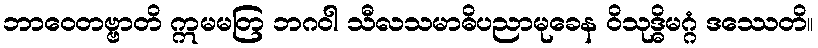
ဘာဝေတဗ္ဗာတိ ဣမမတြ ဘဂဝါ သီလသမာဓိပညာမုခေန ဝိသုဒ္ဓိမဂ္ဂံ ဒဿေတိ။